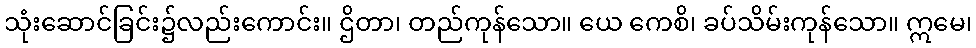
သုံးဆောင်ခြင်း၌လည်းကောင်း။ ဌိတာ၊ တည်ကုန်သော။ ယေ ကေစိ၊ ခပ်သိမ်းကုန်သော။ ဣမေ၊